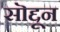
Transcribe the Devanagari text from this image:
सॊद्दून